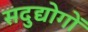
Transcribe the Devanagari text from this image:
सदुद्योगों